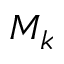
M _ { k }